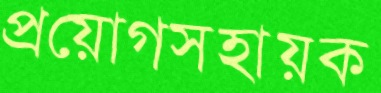
প্রয়োগসহায়ক